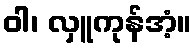
ဝါ၊ လှူကုန်အံ့။